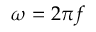
\omega = 2 \pi f